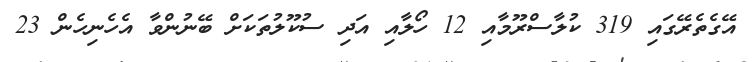
އޭގެތެރޭގައި 319 ކުލާސްރޫމާއި 12 ހޯލާއި އަދި ސުކޫލުތަކަށް ބޭނުންވާ އެހެނިހެން 23